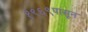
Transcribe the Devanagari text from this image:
१९६९पासून